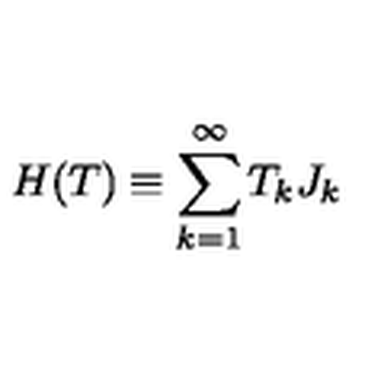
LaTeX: H ( T ) \equiv \sum _ { k = 1 } ^ { \infty } T _ { k } J _ { k }